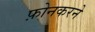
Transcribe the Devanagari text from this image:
फ़ोनकरने